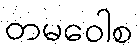
တမဝေါစ